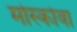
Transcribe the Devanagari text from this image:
मोस्कोवा